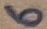
Text: 6